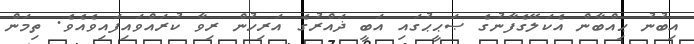
އިބުނު ޙިއްބާން އެކަލޭގެފާނުގެ ޞަޙީޙުގައި އަބީ ޛައްރުގެ އަރިހުން ރިވާ ކުރައްވައިފައިވެއެވެ. ތިމަން